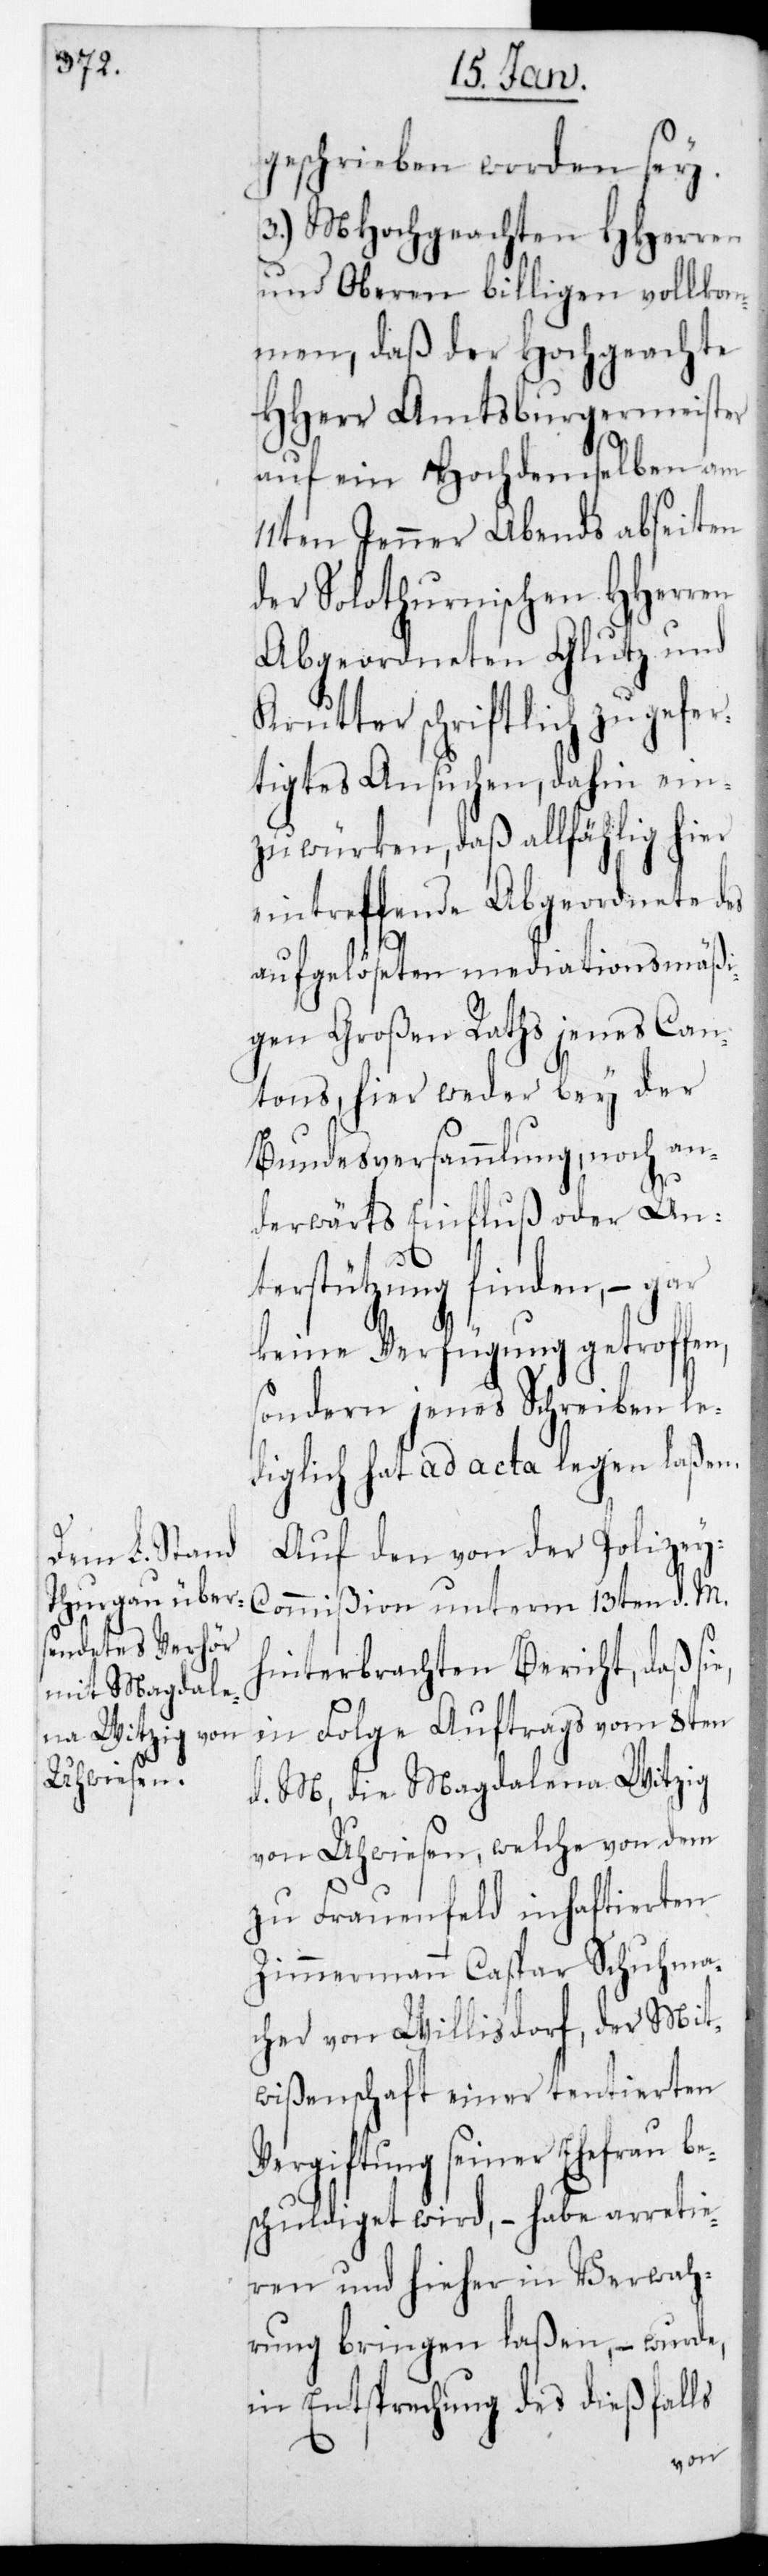
geschrieben worden sei.
3.) MHochgeachten HHerren
und Oberen billigen vollkom¬
men, daß der Hochgeachte
HHerr Amtsburgermeister
auf ein Hochdemselben am
11ten Jenner Abends ab Seiten
der solothurnischen HHerren
Abgeordneten Glutz und
Krutter schriftlich zugefer¬
tigtes Ansuchen, dahin ein¬
zuwürken, daß allfählig hier
eintrettende Abgeordnete des
aufgelöseten mediationsmäßi¬
gen Großen Raths jenes Can¬
tons, hier weder bey der
Bundesversammlung, noch an¬
derwärts Einfluß oder Un¬
terstützung finden, – gar
keine Verfügung getroffen,
sondern jenes Schreiben le¬
diglich ad acta legen laßen.
Auf den von der Polizey¬
commißion unterm 13ten d. M.
hinterbrachten Bericht, daß si¬
in Folge Auftrgs vom 8ten
d. M., die Magdalena Witzig
von Uhwiesen, welche von dem
zu Frauenfeld inhaftierten
Zimmermann Caspar Schuhma¬
cher von Willisdorf, der Mit¬
wißenschaft einer tentierten
Vergiftung seiner Ehefrau b¬
eschuldiget wird, – habe arretie¬
ren und hieher in Verwah¬
rung bringen laßen, – wurde,
in Entsprechung des dießfalls
e,